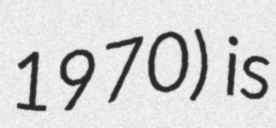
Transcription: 1970) is